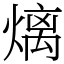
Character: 㷰